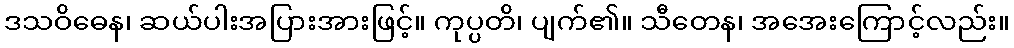
ဒသဝိဓေန၊ ဆယ်ပါးအပြားအားဖြင့်။ ကုပ္ပတိ၊ ပျက်၏။ သီတေန၊ အအေးကြောင့်လည်း။